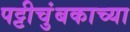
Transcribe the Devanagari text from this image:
पट्टीचुंबकाच्या